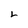
Character: L